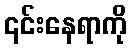
၎င်းနေရာကို